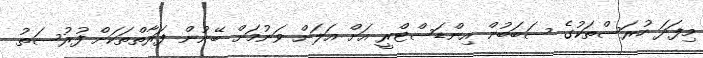
މިފަދަ ހުރަސްތަކުގެ ސަބަބުން އިންޑަސްޓްރީ އަށް އަލަށް ވަނުމަށް ބޭނުން ފަރާތްތަކަށް ފުރުސަތު